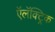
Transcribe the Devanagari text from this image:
ऍलॅक्ट्रिक